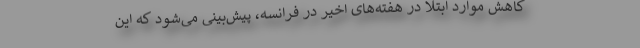
کاهش موارد ابتلا در هفته‌های اخیر در فرانسه، پیش‌بینی می‌شود که این